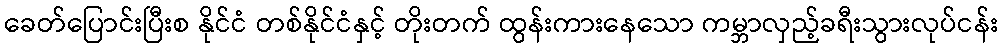
ခေတ်ပြောင်းပြီးစ နိုင်ငံ တစ်နိုင်ငံနှင့် တိုးတက် ထွန်းကားနေသော ကမ္ဘာလှည့်ခရီးသွားလုပ်ငန်း